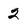
Character: 2